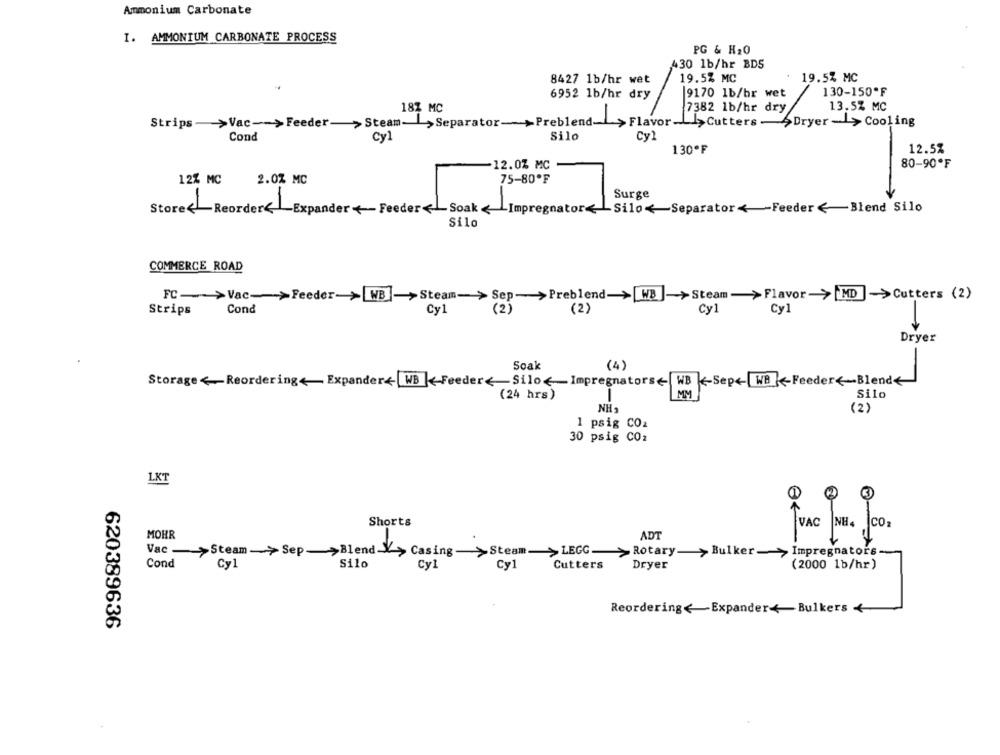
Ammonium Carbonate
I. AMMONIUM CARBONATE PROCESS
PG & H20
430 1b/hr BDS
8427 1b/hr wet
19.5% MC
19.5% MC
6952 1b/hr dry
9170 1b/br wet
130-150ºF
18% MC
7382 1b/hr dry
13.5% MC
Strips >Vac -- > Feeder- > Steam-> Separator->Preblend-
>Flavor-LI>Cutters-Dryer->Cooling
Cond
Cy1
Silo
Cyl
130ºF
12.5%
12.0% MC
80-90ºF
12% MC
2.0% MC
75-80ºF
Surge
Store< Reorder< _ Expander Feeder< Soak <_ Impregnator><>_Silo><Separator <- Feeder Blend Silo
Silo
COMMERCE ROAD
Cond
Cy1
(2)
(2)
Cy1
Cy1
Strips
Dryer
(4)
Soak
Storage <Reordering< Expander<| WB -Feeder Silo <_ Impregnators |WB -Sep< WB<Feeder <~ Blend
(24 hrs)
MM
Silo
NH
(2)
1 psig COz
30 psig COz
LKT
Shorts
VAC
NH
ICO
MOHR
ADT
Vac - >Steam-> Sep_ >Blend -- > Casing>Steam>LEGG
>Rotary-> Bulker-> Impregnators-
Cond
Cyl
Silo
Cy1
Cy1
Cutters
Dryer
(2000 1b/hr)
Reordering< Expander+ Bulkers <
620389636